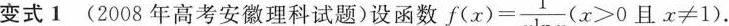
变式1(2008年高考安徽理科试题)设函数 $$f(x)= \frac{1}{x \ln x}(x>0x\neq$$ 1)。